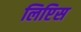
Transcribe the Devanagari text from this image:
लिप्टिस